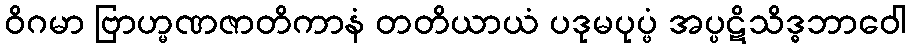
ဝိဂမာ ဗြာဟ္မဏဇာတိကာနံ တတိယာယံ ပဒုမပုပ္ဖံ အပ္ပဋိသိဒ္ဓဘာဝေါ